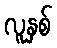
လူနှစ်